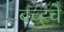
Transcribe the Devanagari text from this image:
बच्ह्चे